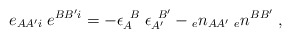
\begin{align*}e_{AA'i} \; e^{BB'i}=-\epsilon_{A}^{\; \; B} \;\epsilon_{A'}^{\; \; B'}-{_{e}n_{AA'}} \; {_{e}n^{BB'}} \; ,\end{align*}